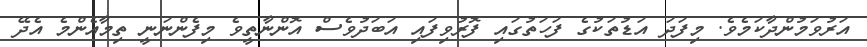
އަރުވަމުންދާކަމެވެ. މިފަދަ އަޑުތަކުގެ ފަހަތުގައި ފޮރުވިފައި އަބަދުވެސް އޮންނާތީވެ މިފެންނަނީ ތިމާއެންމެ އެދޭ